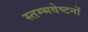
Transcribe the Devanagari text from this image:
स्तम्भवेष्टनों